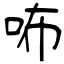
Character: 咘